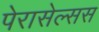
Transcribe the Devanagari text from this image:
पेरासेल्सस